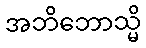
အဘိဘောသ္မိ